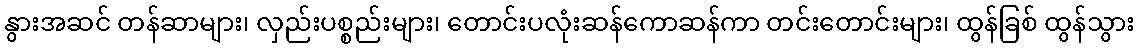
နွားအဆင် တန်ဆာများ၊ လှည်းပစ္စည်းများ၊ တောင်းပလုံးဆန်ကောဆန်ကာ တင်းတောင်းများ၊ ထွန်ခြစ် ထွန်သွား